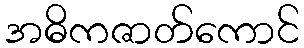
အဓိကဇာတ်ကောင်